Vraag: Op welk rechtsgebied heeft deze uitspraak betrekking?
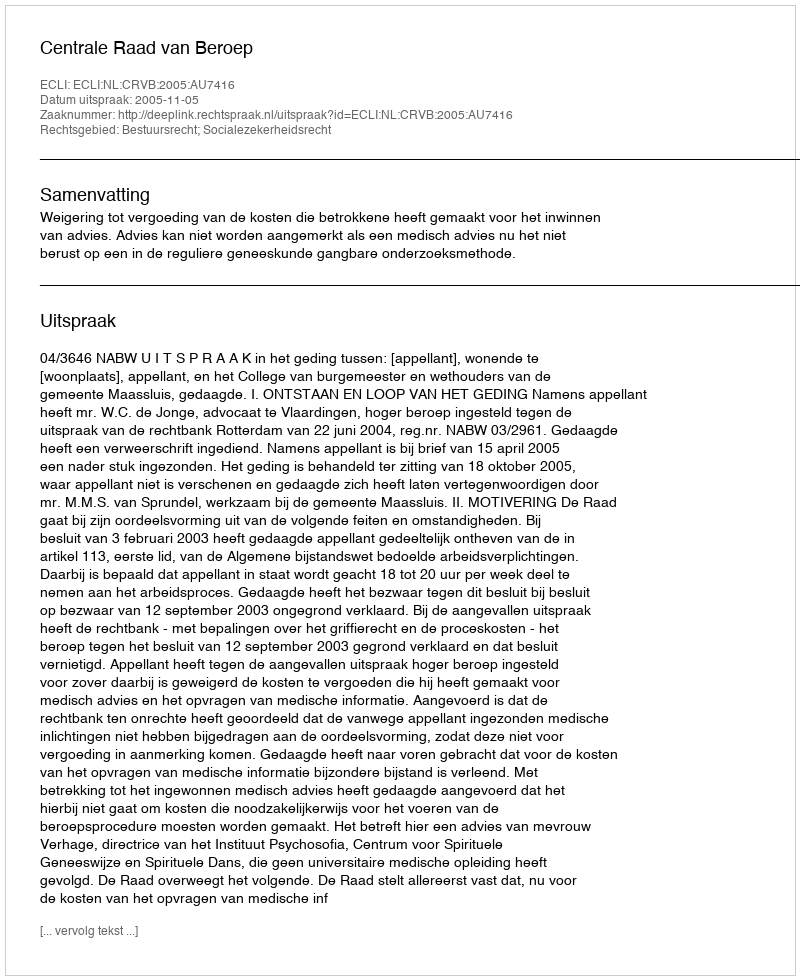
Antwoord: Bestuursrecht; Socialezekerheidsrecht